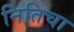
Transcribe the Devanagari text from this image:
नितिचा